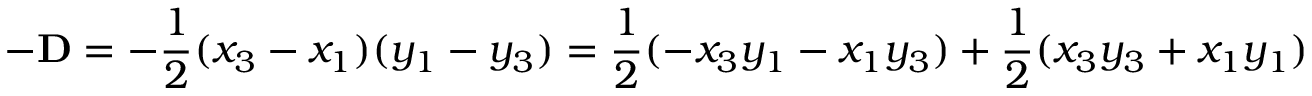
- \mathbf { D } = - { \frac { 1 } { 2 } } ( x _ { 3 } - x _ { 1 } ) ( y _ { 1 } - y _ { 3 } ) = { \frac { 1 } { 2 } } ( - x _ { 3 } y _ { 1 } - x _ { 1 } y _ { 3 } ) + { \frac { 1 } { 2 } } ( x _ { 3 } y _ { 3 } + x _ { 1 } y _ { 1 } )